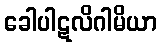
ခေါပါဋလိဂါမိယာ